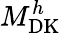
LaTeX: M_{\mathrm{DK}}^{h}